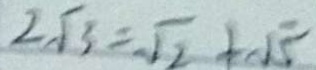
2 \sqrt { 3 } = \sqrt { 2 } + \sqrt { 5 }